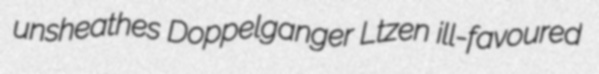
unsheathes Doppelganger Ltzen ill-favoured